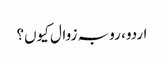
اردو، رو بہ زوال کیوں؟